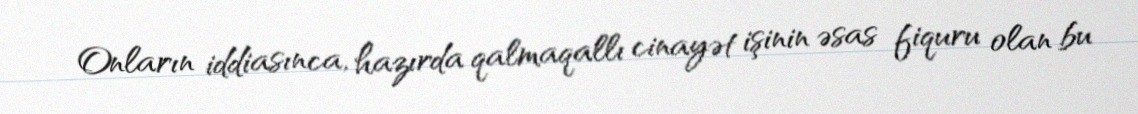
Onların iddiasınca, hazırda qalmaqallı cinayət işinin əsas fiquru olan bu